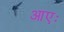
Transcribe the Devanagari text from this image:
आएः